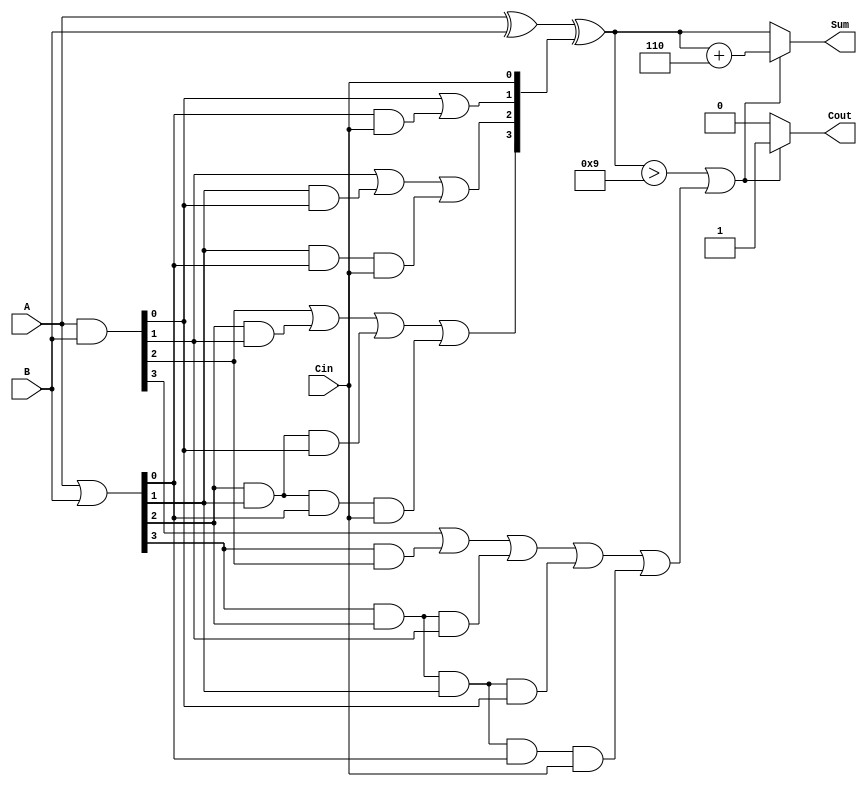
module BCD_Carry_Lookahead_Adder (
    input [3:0] A,       // 4-bit BCD input representing the first digit
    input [3:0] B,       // 4-bit BCD input representing the second digit
    input Cin,           // 1-bit input carry from the previous digit addition
    output reg [3:0] Sum, // 4-bit output representing the BCD sum of A and B
    output reg Cout       // 1-bit output carry indicating if the sum exceeds 9
);

    wire [3:0] G;        // Generate signals
    wire [3:0] P;        // Propagate signals
    wire [4:0] C;        // Carry signals

    // Generate and Propagate Calculation
    assign G = A & B;    // G[i] = A[i] AND B[i]
    assign P = A | B;    // P[i] = A[i] OR B[i]

    // Carry Signal Calculation
    assign C[0] = Cin; 
    assign C[1] = G[0] | (P[0] & C[0]);
    assign C[2] = G[1] | (P[1] & G[0]) | (P[1] & P[0] & C[0]);
    assign C[3] = G[2] | (P[2] & G[1]) | (P[2] & P[1] & G[0]) | (P[2] & P[1] & P[0] & C[0]);
    assign C[4] = G[3] | (P[3] & G[2]) | (P[3] & P[2] & G[1]) | (P[3] & P[2] & P[1] & G[0]) | (P[3] & P[2] & P[1] & P[0] & C[0]);

    // Raw sum calculation
    wire [3:0] raw_sum;
    assign raw_sum = A ^ B ^ C[3:0]; // Sum[i] = A[i] XOR B[i] XOR C[i]

    // BCD Correction Logic
    always @(*) begin
        if (raw_sum > 9 || C[4] == 1) begin
            Sum = raw_sum + 4'b0110; // Add 6 for BCD correction
            Cout = 1;                // Indicate carry out
        end else begin
            Sum = raw_sum;           // Output the raw sum
            Cout = 0;                // No carry out
        end
    end

endmodule